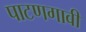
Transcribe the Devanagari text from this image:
पाटणगावी